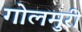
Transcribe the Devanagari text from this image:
गोलमुरी